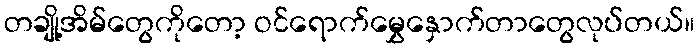
တချို့အိမ်တွေကိုတော့ ဝင်ရောက်မွှေနှောက်တာတွေလုပ်တယ်။